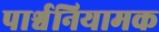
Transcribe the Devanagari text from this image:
पार्श्वनियामक